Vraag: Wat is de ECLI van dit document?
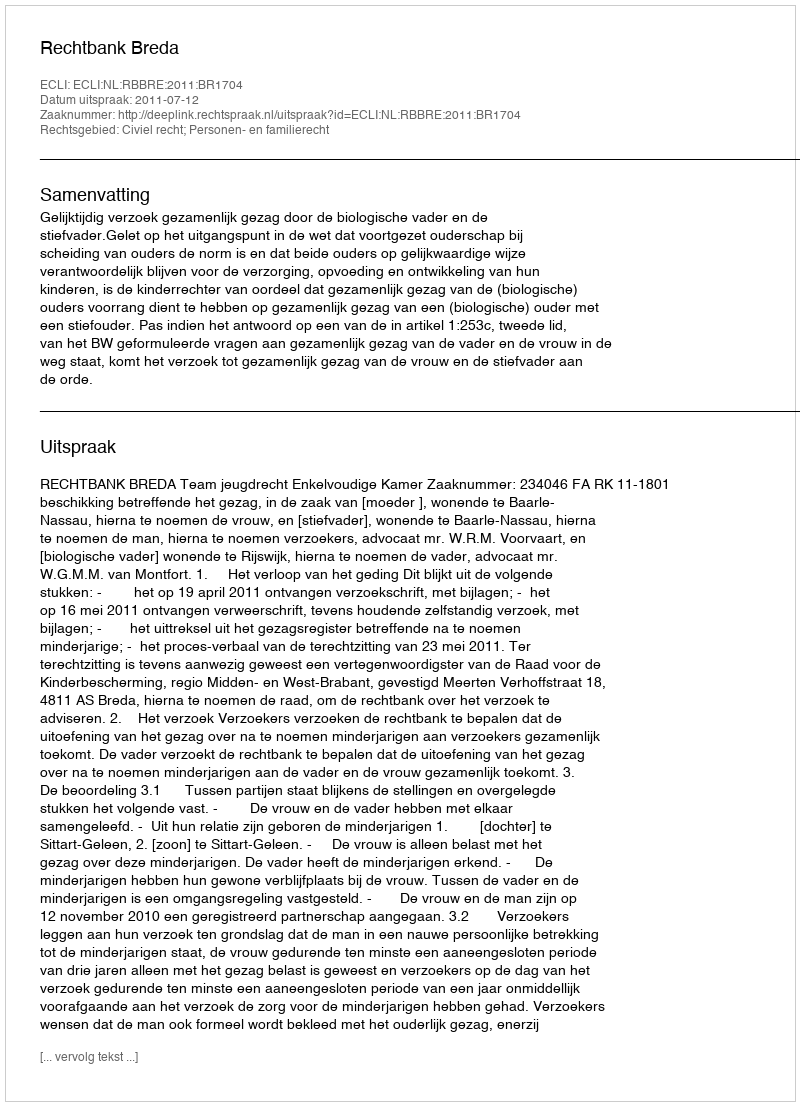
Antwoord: ECLI:NL:RBBRE:2011:BR1704